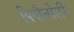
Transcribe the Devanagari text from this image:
पिनौन्सेली